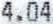
4.04